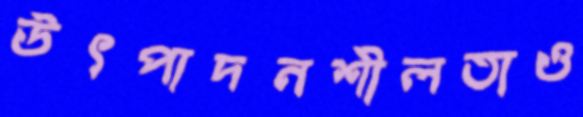
উৎপাদনশীলতাও